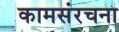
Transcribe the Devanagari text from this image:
कामसंरचना